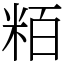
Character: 粨